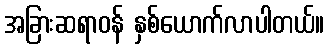
အခြားဆရာဝန် နှစ်ယောက်လာပါတယ်။